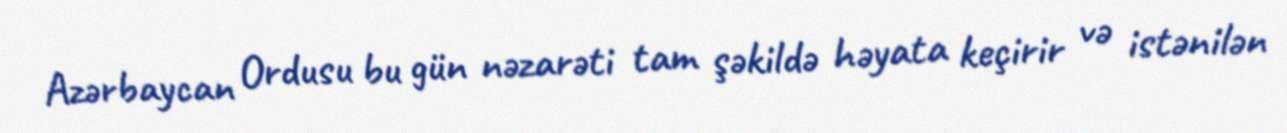
Azərbaycan Ordusu bu gün nəzarəti tam şəkildə həyata keçirir və istənilən